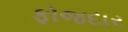
ફોજદાર